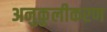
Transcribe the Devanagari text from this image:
अनुकुलीकरण